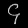
Digit: ၄